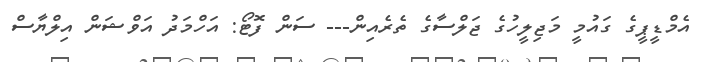
އެމްޑީޕީގެ ގައުމީ މަޖިލީހުގެ ޖަލްސާގެ ތެރެއިން--- ސަން ފޮޓޯ: އަހްމަދު އަވްޝަން އިލްޔާސް